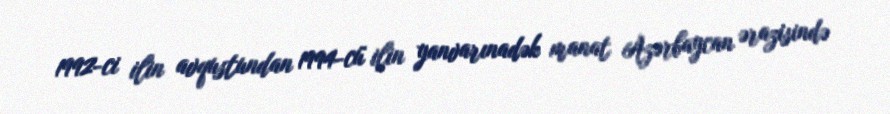
1992-ci ilin avqustundan 1994-cü ilin yanvarınadək manat Azərbaycan ərazisində